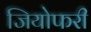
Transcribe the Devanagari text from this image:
जियोफरी